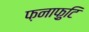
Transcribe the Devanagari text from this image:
फ़नाफ़ुटि